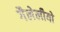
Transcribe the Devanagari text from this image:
गैलेलीयो